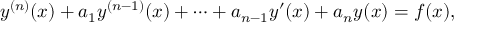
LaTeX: y ^ { ( n ) } ( x ) + a _ { 1 } y ^ { ( n - 1 ) } ( x ) + \cdots + a _ { n - 1 } y ^ { \prime } ( x ) + a _ { n } y ( x ) = f ( x ) ,